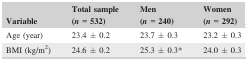
<table><thead><tr><td><b>Variable</b></td><td><b>Total sample (<i>n </i>=<i> </i>532)</b></td><td><b>Men (<i>n </i>=<i> </i>240)</b></td><td><b>Women (<i>n </i>=<i> </i>292)</b></td></tr></thead><tbody><tr><td>Age (year)</td><td>23.4 ± 0.2</td><td>23.7 ± 0.3</td><td>23.2 ± 0.3</td></tr><tr><td>BMI (kg/m<sup>2</sup>)</td><td>24.6 ± 0.2</td><td>25.3 ± 0.3a</td><td>24.0 ± 0.3</td></tr></tbody></table>